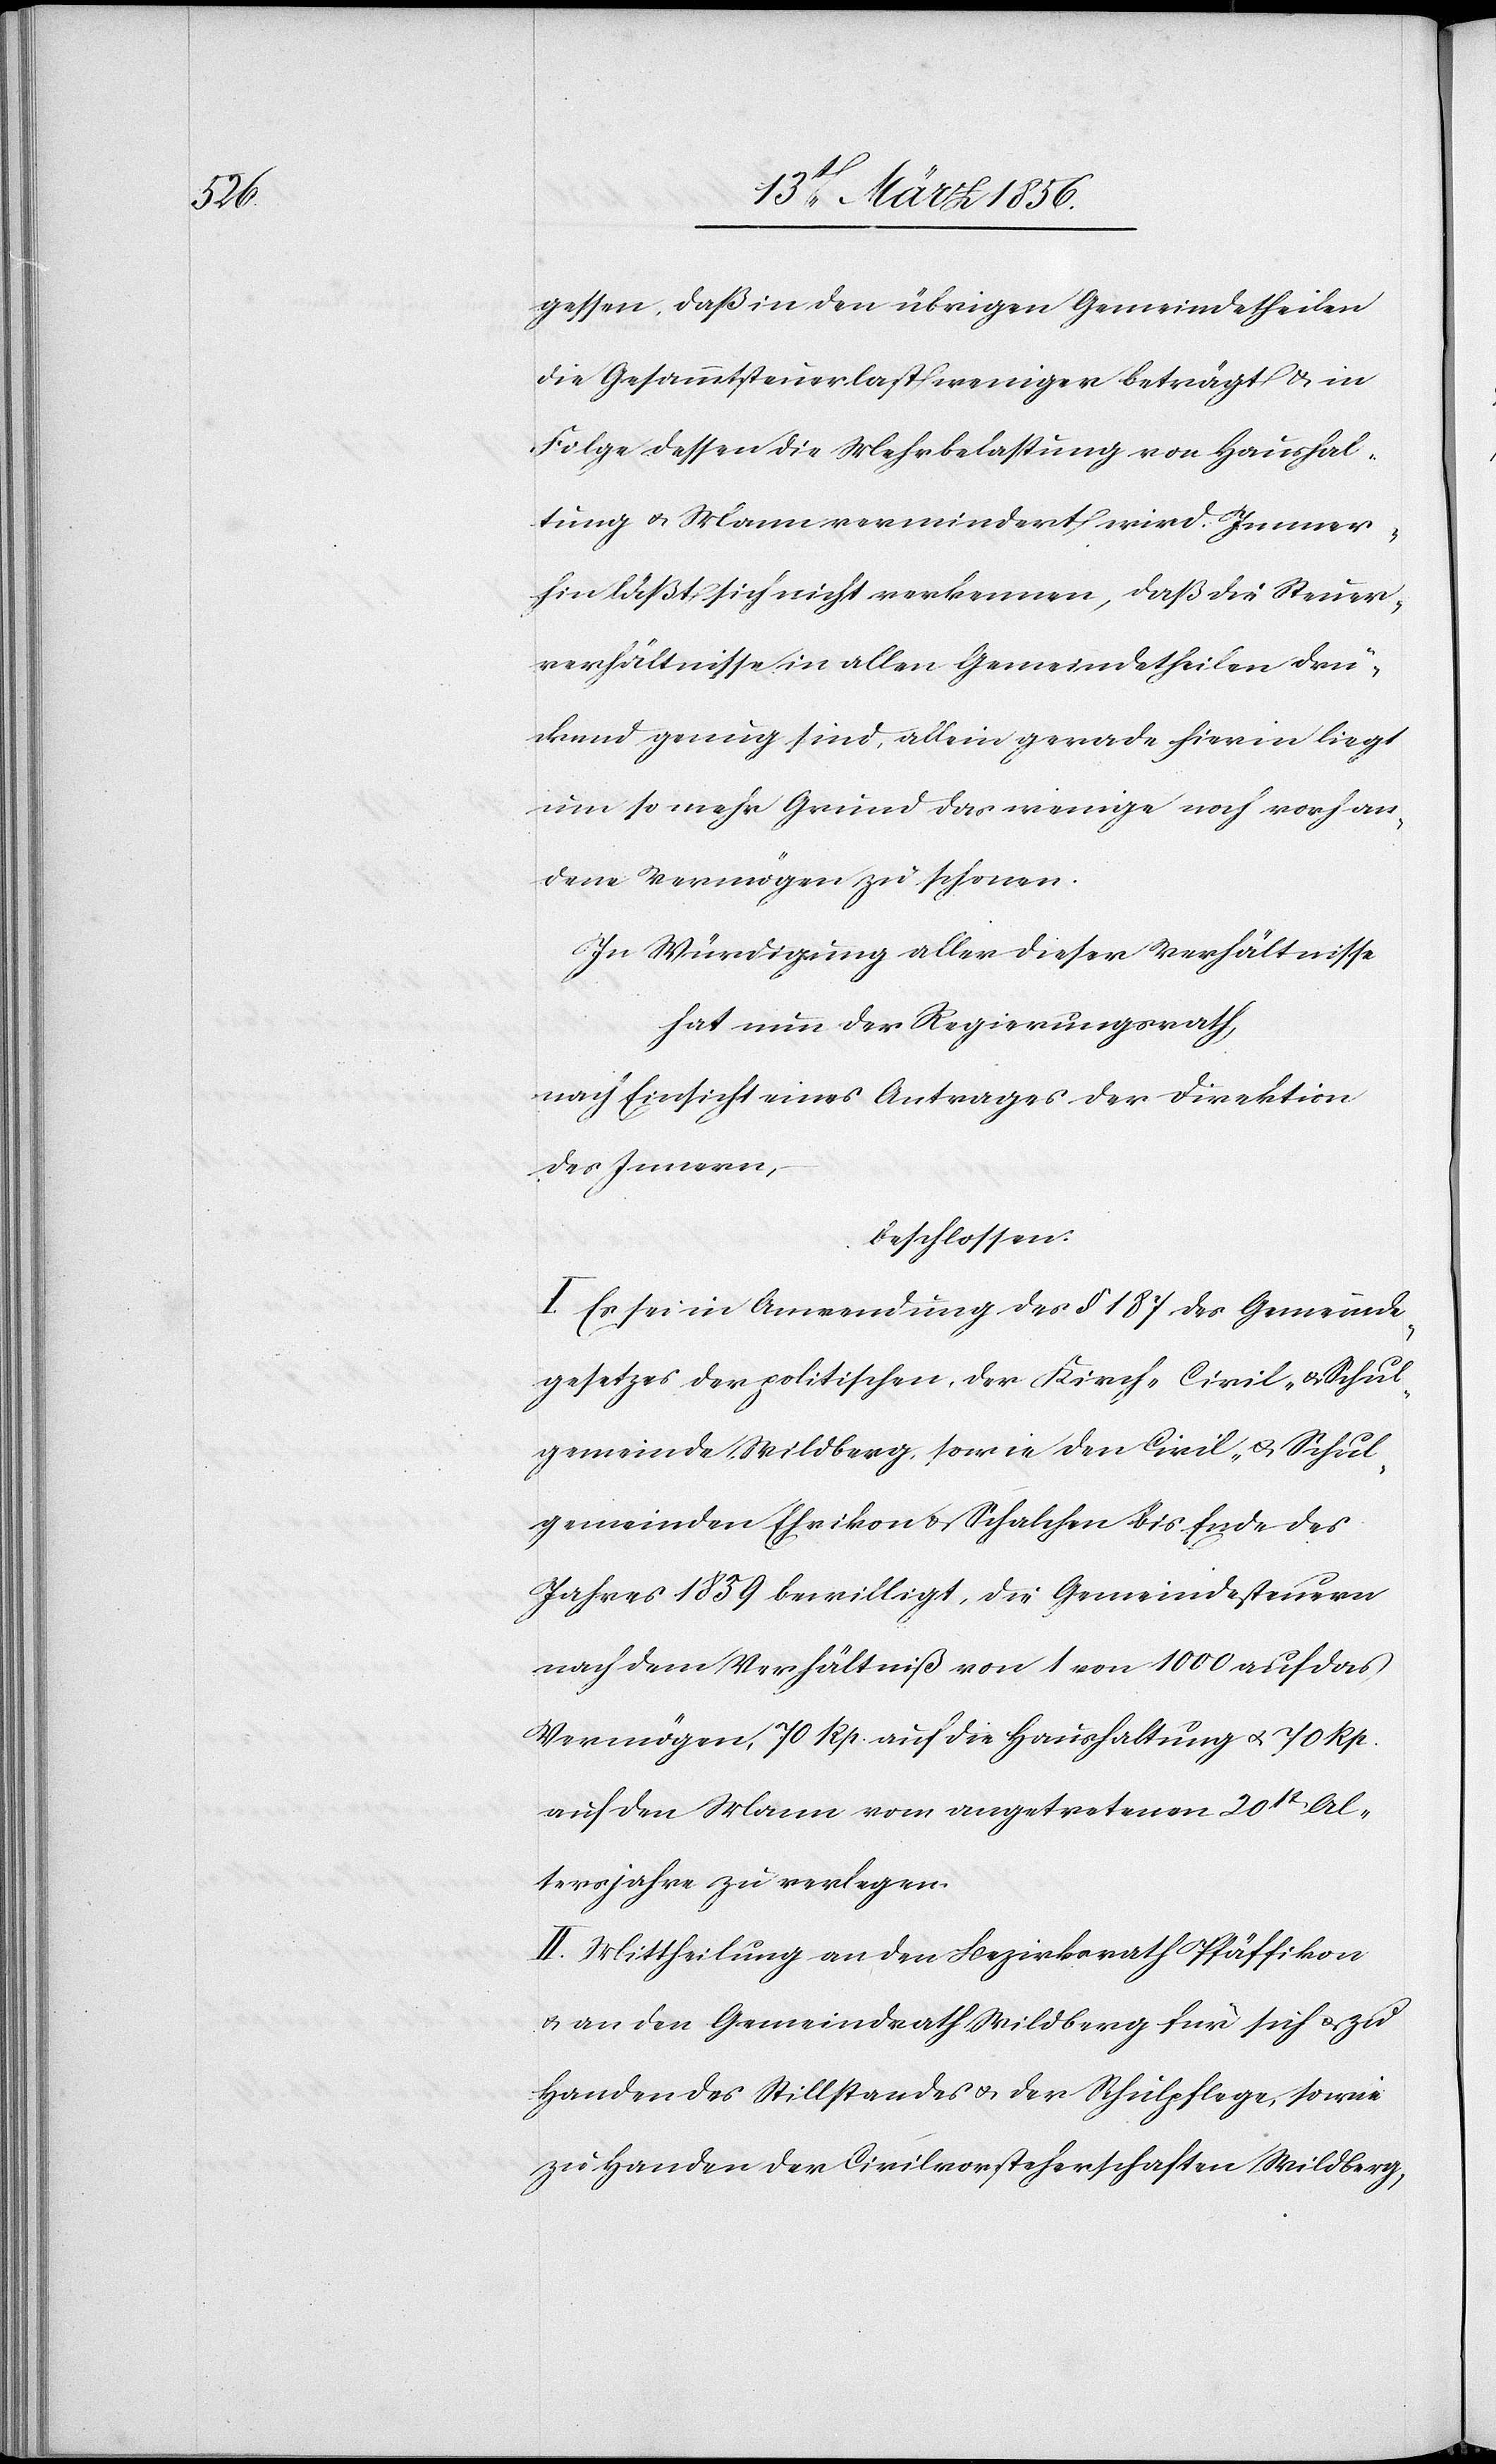
gessen, das in den übrigen Gemeindetheilen
die Gesammtsteuerlast weniger beträgt & in
Folge dessen die Mehrbelastung von Haushal¬
tung u. Mann vermindert wird. Immer¬
hin läßt sich nicht verkennen, daß die Steuer¬
verhältnisse in allen Gemeindetheilen drü¬
ckend genug sind, allein gerade hierin liegt
um so mehr Grund das wenige noch vorhan¬
dene Vermögen zu schonen.
In Würdigung aller diese Verhältnisse
hat nun der Regierungsrath,
nach Einsicht eines Antrages der Direktion
des Innern,
beschlossen:
I. Es sei in Anwendung des § 187 des Gemeinde¬
gesetzes der politischen, der Kirch-[,] Civil- & Schul¬
gemeinde Wildberg, sowie der Civil- u. Schul¬
gemeinden Ehrikon & Schalchen bis Ende des
Jahres 1859 bewilligt, die Gemeindesteuern
nach dem Verhältniß von 1 von 1000 auf das
Vermögen, 70 Rp. auf die Haushaltung u. 70 Rp.
auf den Mann vom angetretenen 20st Al¬
tersjahre zu verlegen.
II. Mittheilung an den Bezirksrath Pfäffikon
& an den Gemeindrath Wildberg für sich & zu
Handen des Stillstandes u. der Schulpflege, sowie
zu Handen der Civilvorsteherschaften Wildberg,